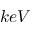
k e V